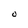
Character: O